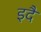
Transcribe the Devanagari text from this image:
इदै